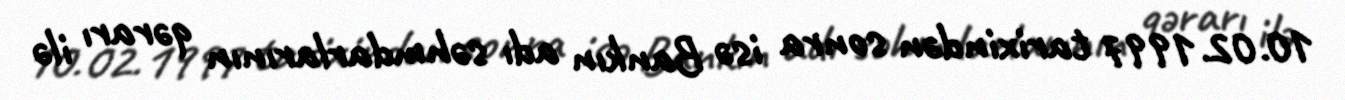
10.02.1997 tarixindən sonra isə Bankın adı səhmdarlarının qərarı ilə